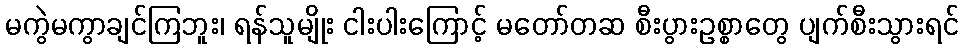
မကွဲမကွာချင်ကြဘူး၊ ရန်သူမျိုး ငါးပါးကြောင့် မတော်တဆ စီးပွားဥစ္စာတွေ ပျက်စီးသွားရင်